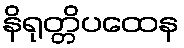
နိရုတ္တိပထေန